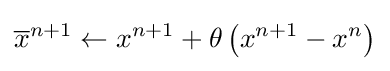
{\overline {x}}^{n+1}\leftarrow x^{n+1}+\theta \left(x^{n+1}-x^{n}\right)